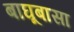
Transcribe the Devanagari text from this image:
बाघूबासा